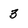
Character: 3